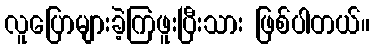
လူပြောများခဲ့ကြဖူးပြီးသား ဖြစ်ပါတယ်။